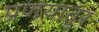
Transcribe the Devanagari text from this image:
प्रणयातुर